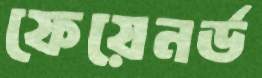
ফেয়েনর্ড